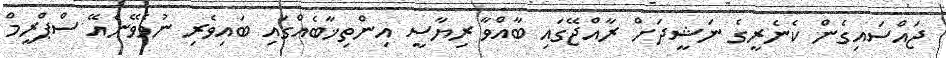
ޖައްސައިގެން ކެނެރީގެ ނަޝީދަށް ރާއްޖޭގައި ބާއްވާ ރިޔާސީ އިންތިޚާބެއްގައި ބައިވެރި ނުވެވޭނެއޭ ސްޕްރީމް